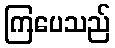
ကြပေသည်